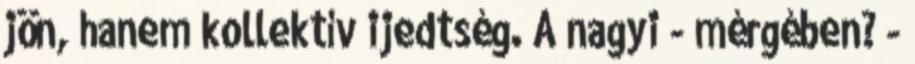
jön, hanem kollektív ijedtség. A nagyi - mérgében? -